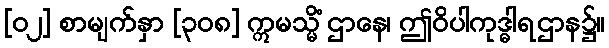
[၀၂] စာမျက်နှာ [၃၀၈] ဣမသ္မိံ ဌာနေ၊ ဤဝိပါကုဒ္ဓါရဌာန၌။